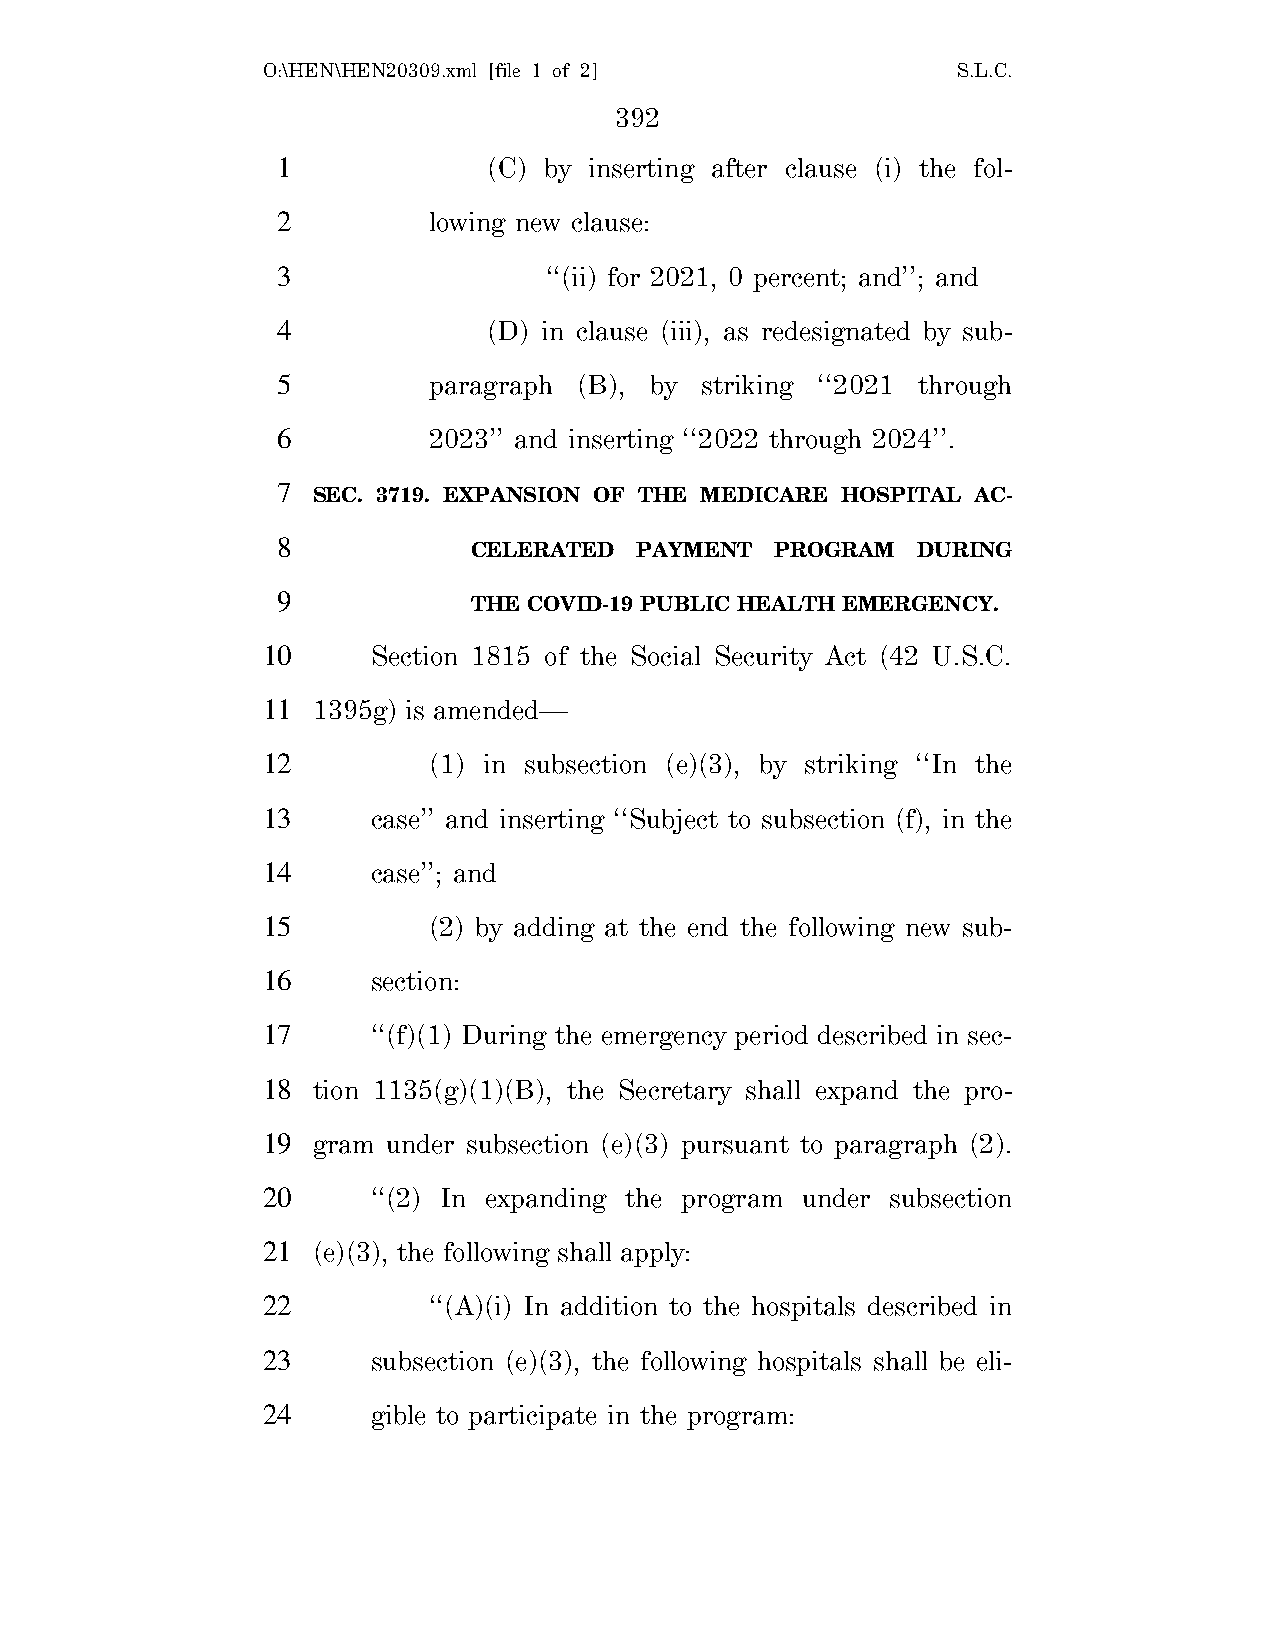
O:\HEN\HEN20309.xml [file 1 of 2]             S.L.C.
 392
 1             (C) by inserting after clause (i) the fol-
 2         lowing new clause:
 3                 ‘‘(ii) for 2021, 0 percent; and’’; and
 4             (D) in clause (iii), as redesignated by sub-
 5         paragraph (B), by striking ‘‘2021 through
 6         2023’’ and inserting ‘‘2022 through 2024’’.
 7
 SEC. 3719. EXPANSION OF THE MEDICARE HOSPITAL AC-
 8
 CELERATED  PAYMENT  PROGRAM   DURING
 9
 THE COVID-19 PUBLIC HEALTH EMERGENCY.
 10      Section 1815 of the Social Security Act (42 U.S.C.
 11  1395g) is amended—
 12         (1) in subsection (e)(3), by striking ‘‘In the
 13      case’’ and inserting ‘‘Subject to subsection (f), in the
 14      case’’; and
 15         (2) by adding at the end the following new sub-
 16      section:
 17      ‘‘(f)(1) During the emergency period described in sec-
 18  tion 1135(g)(1)(B), the Secretary shall expand the pro-
 19  gram under subsection (e)(3) pursuant to paragraph (2).
 20      ‘‘(2) In expanding the program under subsection
 21  (e)(3), the following shall apply:
 22         ‘‘(A)(i) In addition to the hospitals described in
 23      subsection (e)(3), the following hospitals shall be eli-
 24      gible to participate in the program: